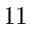
1 1